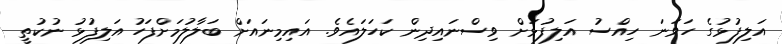
އަލިފުޅުގެ ހަވަނަ ހިއްސު އަލިފުޅަށް ވިސްނައިދިން ކަހަލައެވެ. އައިމިނައަށް ބަލާލުމަށްފަހު އަލިފުޅު ނުކުތީ